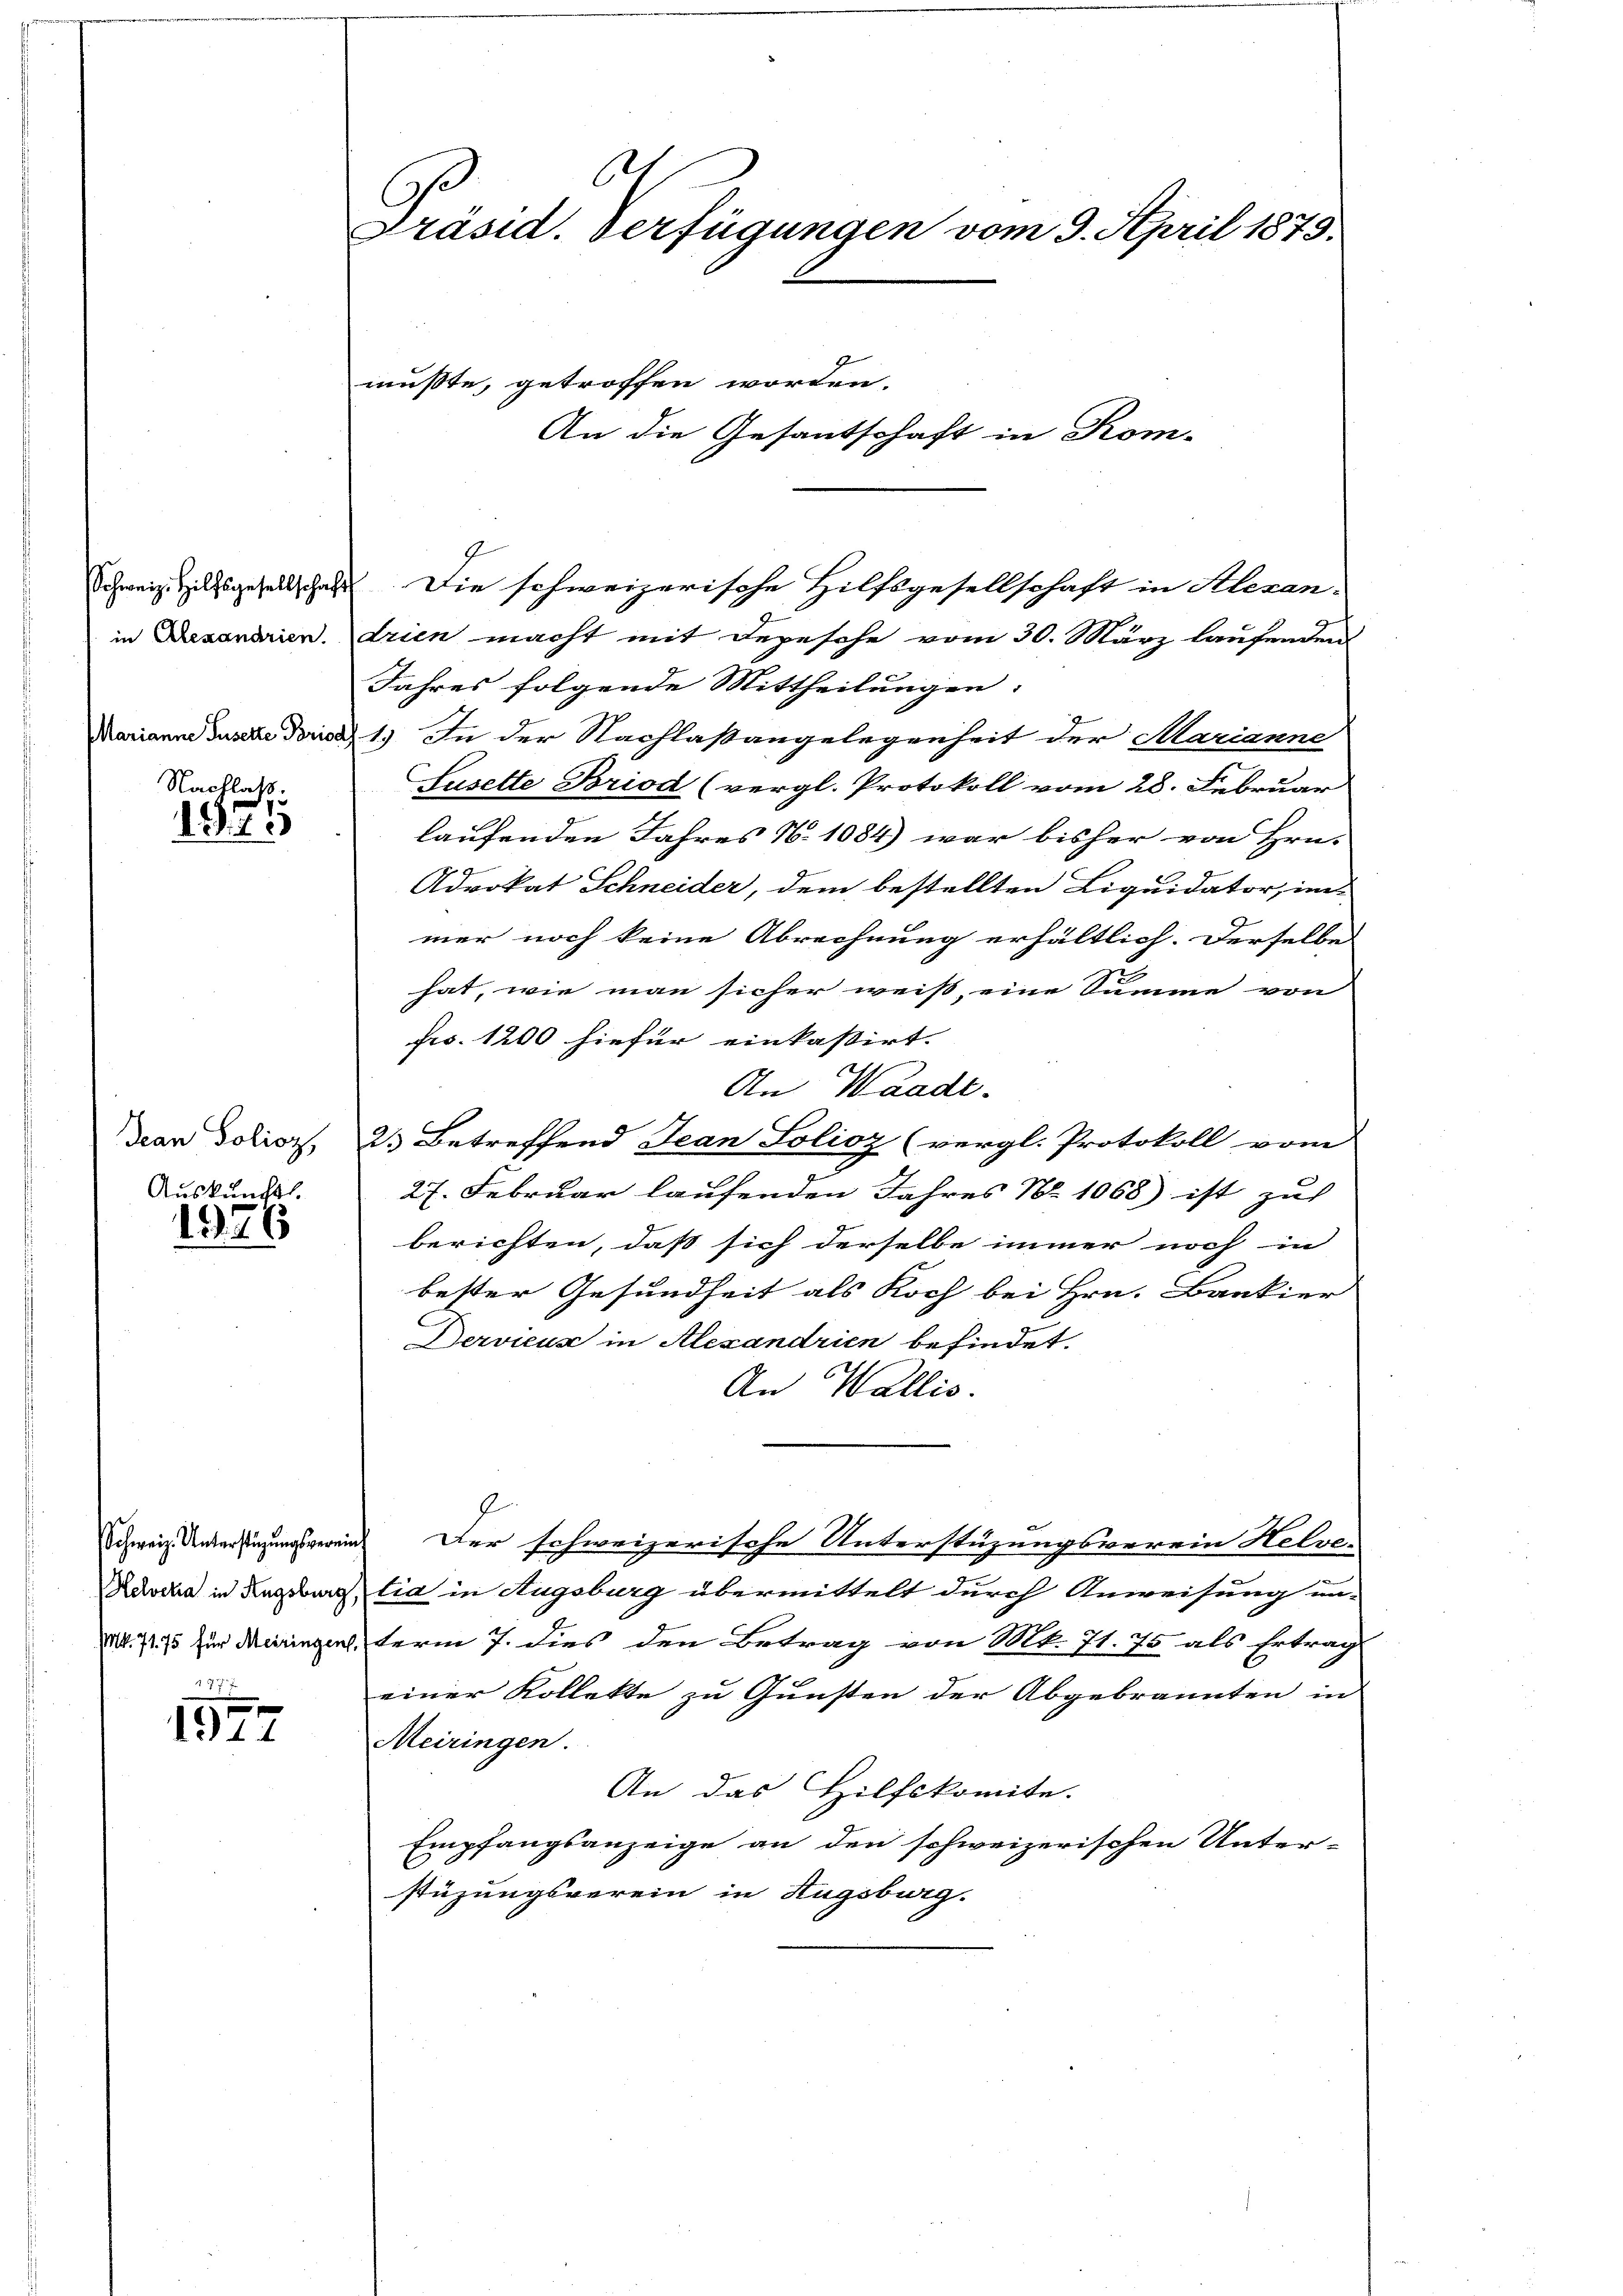
Schweiz. Hilfsgesellschaft
in Alexandrien.
MMarianne Gusette Period
Nachlatt.

1974

dean Solioz,
Auskunft.

1576

177
1577

6
Präsid. Verfügungen vom 9. April 1875.

An die Gesantschaft in Kom-

müßte, getroffen worden.

Die schweizerische Hilfsgesellschaft in Alexan-
drien macht mit Depesche vom 30. März laufenden
Jahres folgende Mittheilungen:
1.) In der Nachlaßangelegenheit der Marianne
Lusette Briod (vergl. Protokoll vom 28. Februar
laufenden Jahres N. 1084) war bisher von Hrn.
Advokat Schneider, dem bestellten Liquidator, im
mer noch keine Abrechnung erhältlich. Derselbe
zu
hat, wie man sicher weiß, eine Summe von
fro. 1200 hiefür einkassirt.
An Waadt.
2. Betreffend Jean Solioz (vergl. Protokoll vom
27. Februar laufenden Jahres No 1068) ist zu
berichten, daß sich derselbe immer noch in
bester Gesundheit als Koch bei Hrn. Bankier
Dervicus in Alexandrien befindet.
An Wallis.
Schweiz. Unterstüzungsverein Der schweizerische Unterstüzungsverein Helve-
Kuoda in Augsburg, lia in Augsburg übermittelt durch Anweisung un-
1. 775 zur Dingen term 7. dies den Betrag von Mt. 71. 75 als Ertrag
einer Kollekte zu Gunsten der Abgebrannten in
Meiringen.
An das Hilfskomite.
Empfangsanzeige an den schweizerischen Unter-
stüzungsverein in Hugsburg.